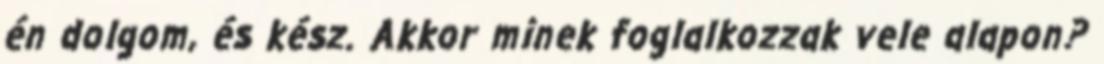
én dolgom, és kész. Akkor minek foglalkozzak vele alapon?